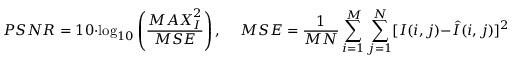
{ P S N R } = 1 0 \cdot \log _ { 1 0 } \left( \frac { { M A X } _ { I } ^ { 2 } } { { M S E } } \right) , \ \quad { M S E } = \frac { 1 } { M N } \sum _ { i = 1 } ^ { M } \sum _ { j = 1 } ^ { N } [ I ( i , j ) - \hat { I } ( i , j ) ] ^ { 2 }